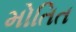
મોતિત